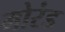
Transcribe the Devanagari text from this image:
मोरंड